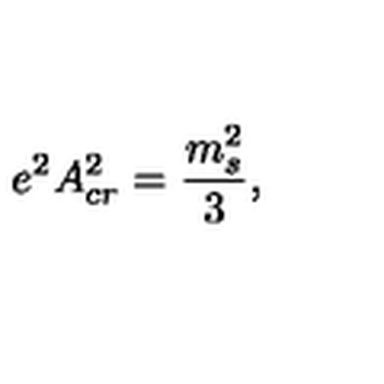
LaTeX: e ^ { 2 } A _ { c r } ^ { 2 } = { \frac { m _ { s } ^ { 2 } } { 3 } } ,